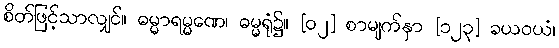
စိတ်ဖြင့်သာလျှင်။ ဓမ္မာရမ္မဏေ၊ ဓမ္မရုံ၌။ [၀၂] စာမျက်နှာ [၁၂၃] ခယဝယံ၊